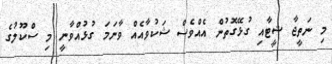
މި ނަތީޖާ ޝީޓާއި ގުޅޭގޮތުން އެއްވެސް ޝަކުވާއެއް ވާނަމަ ގުޅުއްވާނީ މި ސްކޫލުގެ